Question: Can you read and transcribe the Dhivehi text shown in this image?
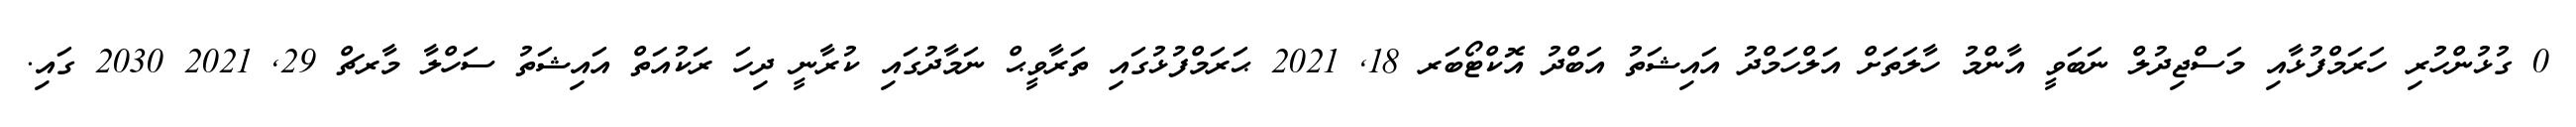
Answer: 0 ގުޅުންހުރި ހަރަމްފުޅާއި މަސްޖިދުލް ނަބަވީ އާންމު ހާލަތަށް އަލްހަމްދު އައިޝަތު އަބްދު އޮކްޓޯބަރ 18, 2021 ޙަރަމްފުޅުގައި ތަރާވީޙް ނަމާދުގައި ކުރާނީ ދިހަ ރަކުއަތް އައިޝަތު ސަހްލާ މާރޗް 29, 2021 2030 ގައި.